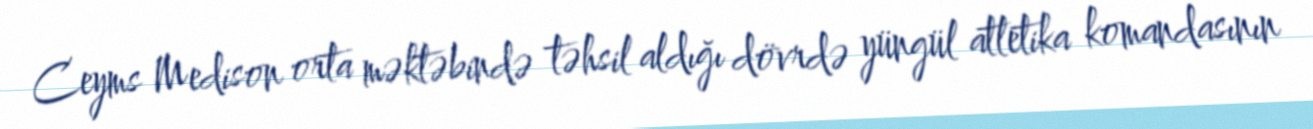
Ceyms Medison orta məktəbində təhsil aldığı dövrdə yüngül atletika komandasının